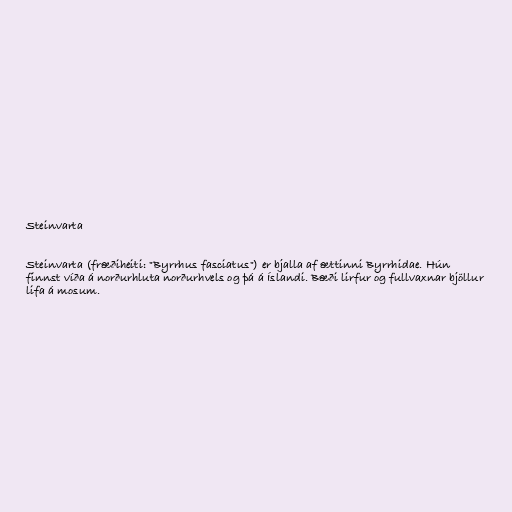
Steinvarta

Steinvarta (fræðiheiti: "Byrrhus fasciatus") er bjalla af ættinni Byrrhidae. Hún
finnst víða á norðurhluta norðurhvels og þá á Íslandi. Bæði lirfur og fullvaxnar bjöllur
lifa á mosum.